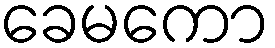
ခေမကော